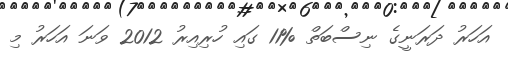
އަހަރު ދަރަނީގެ ނިސްބަތް %11 ގައި ހުރިއިރު 2012 ވަނަ އަހަރު މި